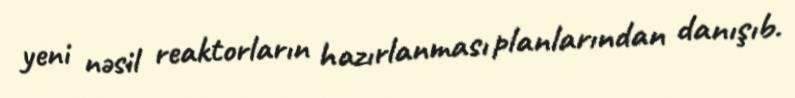
yeni nəsil reaktorların hazırlanması planlarından danışıb.